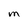
Character: M